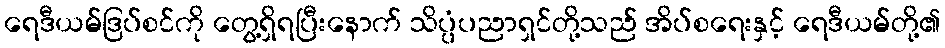
ရေဒီယမ်ဒြပ်စင်ကို တွေ့ရှိရပြီးနောက် သိပ္ပံပညာရှင်တို့သည် အိပ်စရေးနှင့် ရေဒီယမ်တို့၏